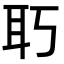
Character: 𦔲